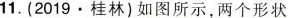
11.(2019\cdot桂林)如图所示，两个形状